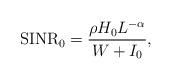
\begin{align*} \textrm{SINR}_0 = \frac{\rho H_{0} L^{-\alpha}}{W + I_0},\end{align*}